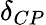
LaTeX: \delta_{CP}